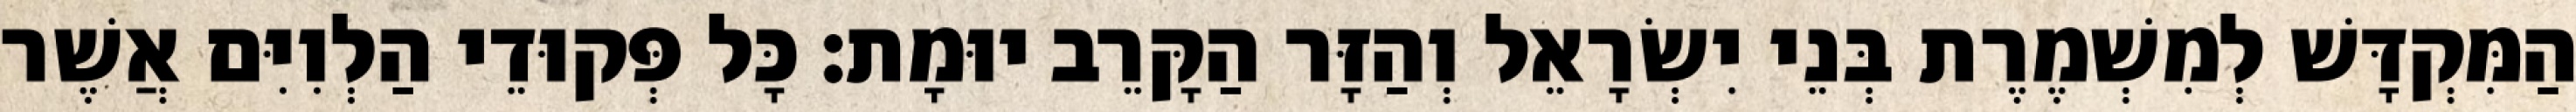
הַמִּקְדָּשׁ לְמִשְׁמֶרֶת בְּנֵי יִשְׂרָאֵל וְהַזָּר הַקָּרֵב יוּמָת׃ כָּל פְּקוּדֵי הַלְוִיִּם אֲשֶׁר